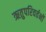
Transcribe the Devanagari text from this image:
ऋतुपरिवर्तनों